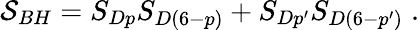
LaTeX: {\cal S}_{BH}=S_{Dp}S_{D(6-p)}+S_{Dp^{\prime}}S_{D(6-p^{\prime})}\; .